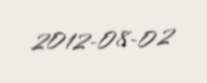
2012-08-02